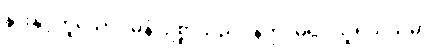
နွားနှင့်တူသော။ ဓနံ၊ ဥစ္စာသည်။ နတ္ထိ၊ မရှိ။ သူရိယသမာ၊